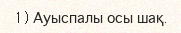
1) Ауыспалы осы шақ.